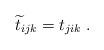
LaTeX: \begin{align*}\widetilde{t}_{ijk}=t_{jik}\;.\end{align*}